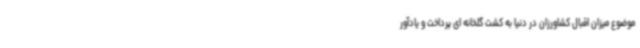
موضوع میزان اقبال کشاورزان در دنیا به کشت گلخانه ای پرداخت و یادآور